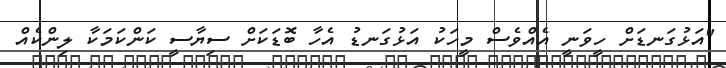
"އަޅުގަނޑަށް ހީވަނީ އެއްވެސް މީހަކު އަޅުގަނޑު އެހާ ބޮޑަކަށް ސިޔާސީ ކަންކަމަކާ ލިންކެއް